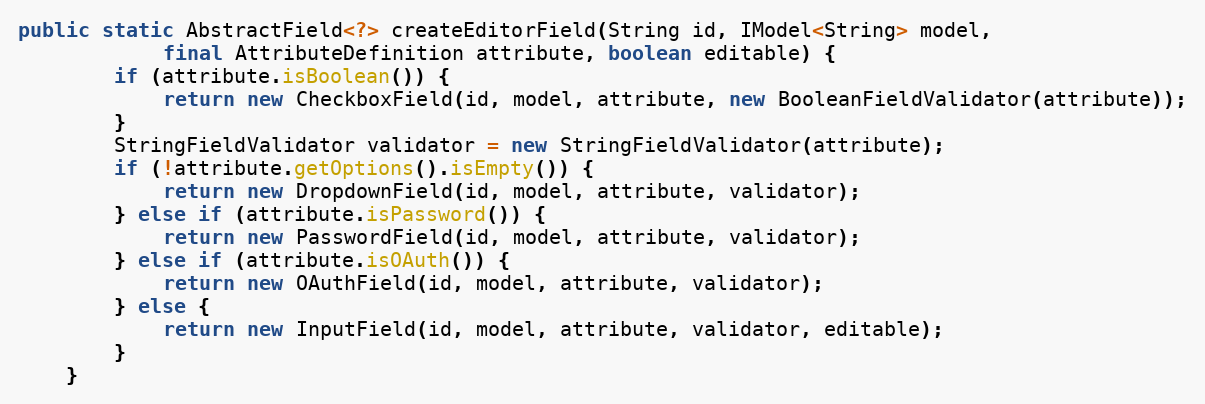
Language: Java
public static AbstractField<?> createEditorField(String id, IModel<String> model,
            final AttributeDefinition attribute, boolean editable) {
        if (attribute.isBoolean()) {
            return new CheckboxField(id, model, attribute, new BooleanFieldValidator(attribute));
        }
        StringFieldValidator validator = new StringFieldValidator(attribute);
        if (!attribute.getOptions().isEmpty()) {
            return new DropdownField(id, model, attribute, validator);
        } else if (attribute.isPassword()) {
            return new PasswordField(id, model, attribute, validator);
        } else if (attribute.isOAuth()) {
            return new OAuthField(id, model, attribute, validator);
        } else {
            return new InputField(id, model, attribute, validator, editable);
        }
    }